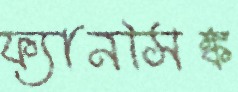
ফ্যানসিঙ্ক